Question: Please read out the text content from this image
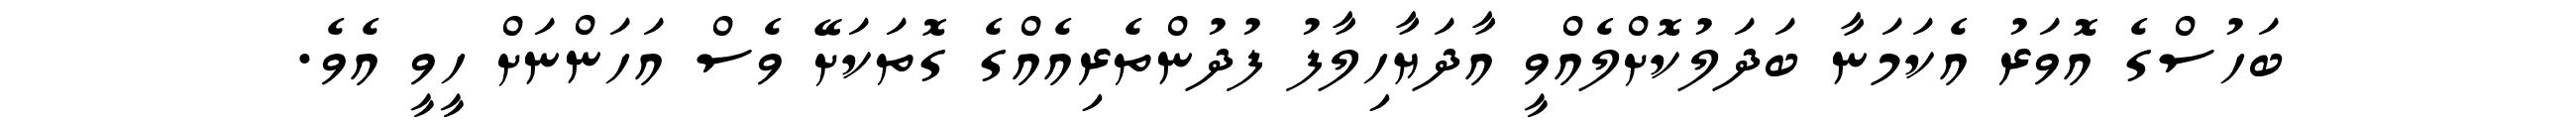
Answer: ބަހުސްގެ އޮވަރު އެކަމަނާ ބަދަލުކޮށްލެއްވީ އާދަޔާހިލާފު ފުދުންތެރިއެއްގެ ގޮތަކަށޭ ވެސް އަހަންނަށް ހީވީ އެވެ.